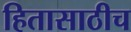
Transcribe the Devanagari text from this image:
हितासाठीच